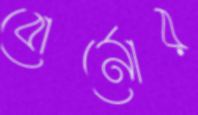
বোর্নোর